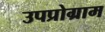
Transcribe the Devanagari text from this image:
उपप्रोग्राम